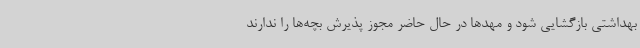
بهداشتی بازگشایی شود و مهدها در حال حاضر مجوز پذیرش بچه‌ها را ندارند